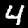
Label: 4